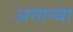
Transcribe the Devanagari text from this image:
अनान्या